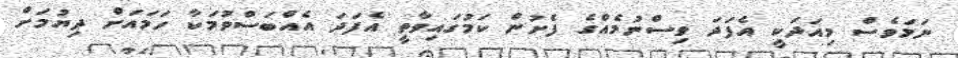
ނަމަވެސް މިއަދަކީ އެފަދަ ވިސްނުމެއްގެ ފެށުން ކަމުގައިވާތީ އެފަދަ އެއްބަސްވުމަކާ ހަމައަށް ދިޔުމަށް